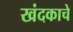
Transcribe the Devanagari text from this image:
खंदकाचे